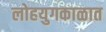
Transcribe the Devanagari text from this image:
लोहयुगकाळात